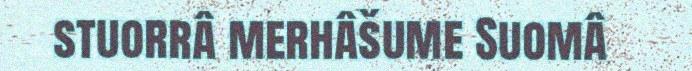
stuorrâ merhâšume Suomâ